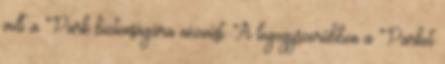
volt a Park biztonságára nézvést. A legegyszerűbben a Parkot